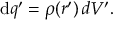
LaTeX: \mathrm { d } q ^ { \prime } = \rho ( { \boldsymbol { r ^ { \prime } } } ) \, d V ^ { \prime } .